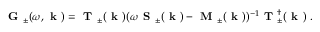
\begin{array} { r } { \textbf { G } _ { \pm } ( \omega , \textbf { k } ) = \textbf { T } _ { \pm } ( \textbf { k } ) ( \omega \textbf { S } _ { \pm } ( \textbf { k } ) - \textbf { M } _ { \pm } ( \textbf { k } ) ) ^ { - 1 } \textbf { T } _ { \pm } ^ { \dagger } ( \textbf { k } ) \ . } \end{array}